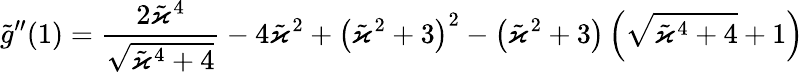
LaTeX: \tilde{g}^{\prime\prime}(1)=\frac{2\tilde{\varkappa}^{4}}{\sqrt{\tilde{\varkappa}^{4}+4}}-4\tilde{\varkappa}^{2}+\left(\tilde{\varkappa}^{2}+3\right)^{2}-\left(\tilde{\varkappa}^{2}+3\right)\left(\sqrt{\tilde{\varkappa}^{4}+4}+1\right)